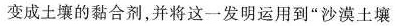
变成土壤的黏合剂，并将这一发明运用到”沙漠土壤